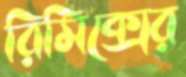
রিমিক্সের